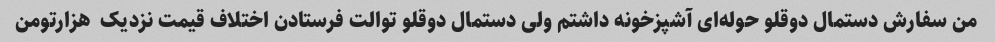
من سفارش دستمال دوقلو حوله‌ای آشپزخونه داشتم ولی دستمال دوقلو توالت فرستادن اختلاف قیمت نزدیک  هزارتومن